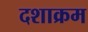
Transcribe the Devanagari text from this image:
दशाक्रम